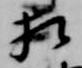
相